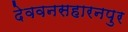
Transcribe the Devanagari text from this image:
देववनसहारनपुर